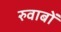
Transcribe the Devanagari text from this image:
रुवाबों